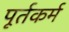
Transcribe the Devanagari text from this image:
पूर्तकर्म